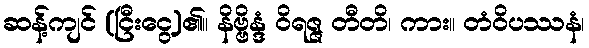
ဆန့်ကျင် (ငြီးငွေ့)၏။ နိဗ္ဗိန္ဒံ ဝိရဇ္ဇ တီတိ၊ ကား။ တံဝိပဿနံ၊